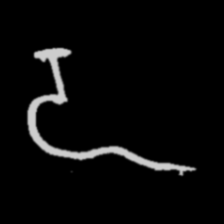
Pyu character \u2014 Myanmar letter: ဍ (romanized: dda)